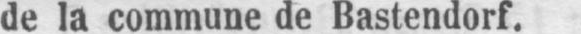
de la commune de Bastendorf.